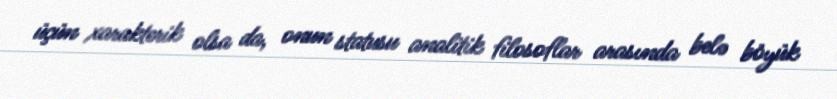
üçün xarakterik olsa da, onun statusu analitik filosoflar arasında belə böyük